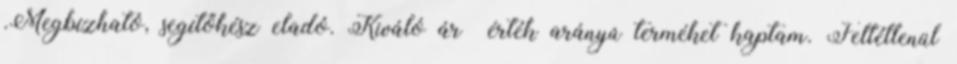
.Megbízható, segítőkész eladó. Kiváló ár érték arányú terméket kaptam. Feltétlenül